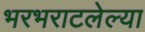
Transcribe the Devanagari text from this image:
भरभराटलेल्या